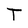
Character: T